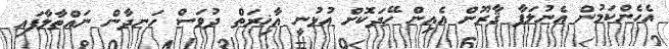
އެހެންކަމުން އެނުލަފާ ޤާރޫން އެއިން ހޭދަކޮށް އުޅުނީ އާޚިރަތް ދުވަސް ހަނދާން ނައްތާލާފައި